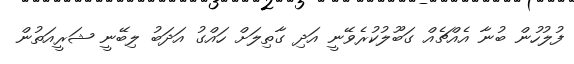
ފުލުހުން ބުނާ އެއްޗެއް ގަބޫލުކުރެވޭނީ އަދި ގާތިލަށް ހައްގު އަދަބު ލިބޭނީ ޝަރީއަތުން